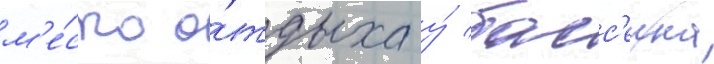
м'е́сто о́тдыха у́ басс'еина